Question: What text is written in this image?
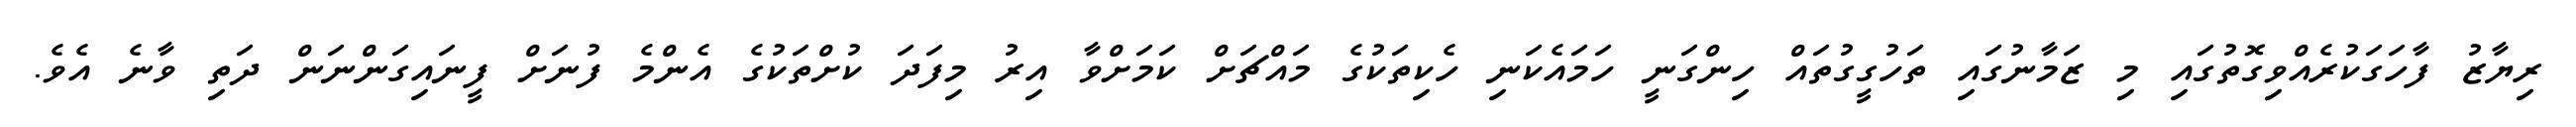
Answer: ރިޔާޒު ފާހަގަކުރެއްވިގޮތުގައި މި ޒަމާނުގައި ތަހުގީގުތައް ހިންގަނީ ހަމައެކަނި ހެކިތަކުގެ މައްޗަށް ކަމަށްވާ އިރު މިފަދަ ކުށްތަކުގެ އެންމެ ފުނަށް ފީނައިގަންނަން ދަތި ވާނެ އެވެ.